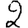
Digit: 2